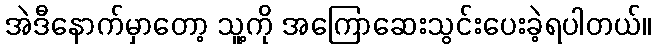
အဲဒီနောက်မှာတော့ သူ့ကို အကြောဆေးသွင်းပေးခဲ့ရပါတယ်။